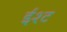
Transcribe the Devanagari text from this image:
ईश्ट